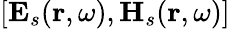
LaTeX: [\mathbf{E}_{s}(\mathbf{r},\omega),\mathbf{H}_{s}(\mathbf{r},\omega)]